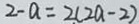
2 - a = 2 ( 2 a - 2 )